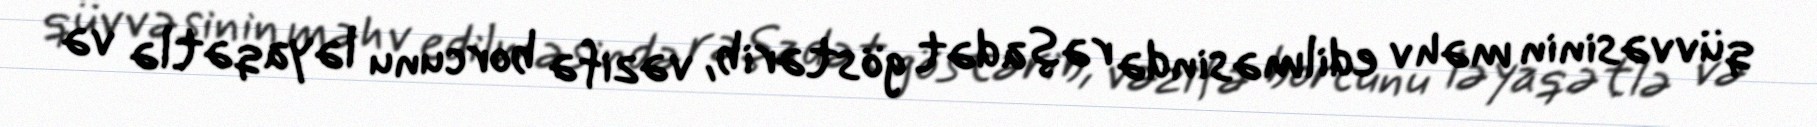
qüvvəsinin məhv edilməsində rəşadət göstərib, vəzifə borcunu ləyaqətlə və